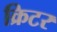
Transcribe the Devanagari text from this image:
क्रिटर